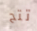
تتح